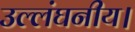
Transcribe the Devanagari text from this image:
उल्लंघनीय।